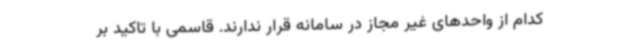
کدام از واحدهای غیر مجاز در سامانه قرار ندارند. قاسمی با تاکید بر